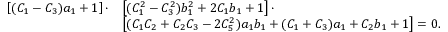
\begin{array} { r l } { \left[ ( C _ { 1 } - C _ { 3 } ) a _ { 1 } + 1 \right] \cdot } & { \left[ ( C _ { 1 } ^ { 2 } - C _ { 3 } ^ { 2 } ) b _ { 1 } ^ { 2 } + 2 C _ { 1 } b _ { 1 } + 1 \right] \cdot } \\ & { \left[ ( C _ { 1 } C _ { 2 } + C _ { 2 } C _ { 3 } - 2 C _ { 5 } ^ { 2 } ) a _ { 1 } b _ { 1 } + ( C _ { 1 } + C _ { 3 } ) a _ { 1 } + C _ { 2 } b _ { 1 } + 1 \right] = 0 . } \end{array}